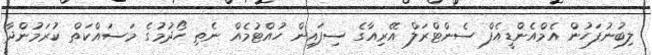
ލިބުނުފަހުން އެމްއެންޑީއެފް ސެންޓްރަލް އޭރިއާގެ ސިފައިން ހުއްޓުމެއް ނެތި ހޯދުމުގެ މަސައްކަތް ކުރަމުންދާ